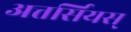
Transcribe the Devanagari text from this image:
अत्तर्सियस्